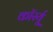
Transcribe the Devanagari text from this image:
कॉर्स्यू